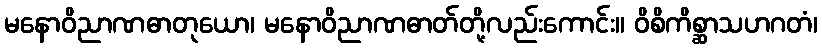
မနောဝိညာဏဓာတုယော၊ မနောဝိညာဏဓာတ်တို့လည်းကောင်း။ ဝိစိကိစ္ဆာသဟဂတံ၊